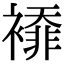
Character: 䙣